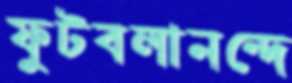
ফুটবলানন্দে